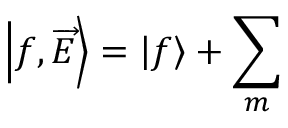
\left| f , \overrightarrow { E } \right\rangle = \left| f \right\rangle + \sum _ { m }